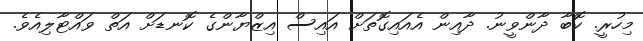
މިހުރީ. ކޮބާ ދާންވީނު. ދާއިން އެއައިގޮތަށް އައިސް އިޒްޔާންގެ ކޮނޑަށް އަތް ވައްޓާލިއެވެ.